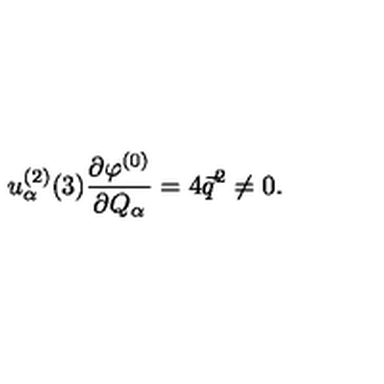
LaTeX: u _ { \alpha } ^ { ( 2 ) } ( 3 ) \frac { \partial \varphi ^ { ( 0 ) } } { \partial Q _ { \alpha } } = 4 \vec { q } ^ { 2 } \not = 0 .